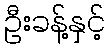
ဦးခန့်နှင့်